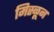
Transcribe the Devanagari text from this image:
मिस्ळून